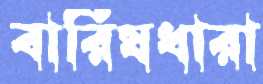
বারিষধারা